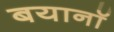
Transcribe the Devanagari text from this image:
बयानॉ